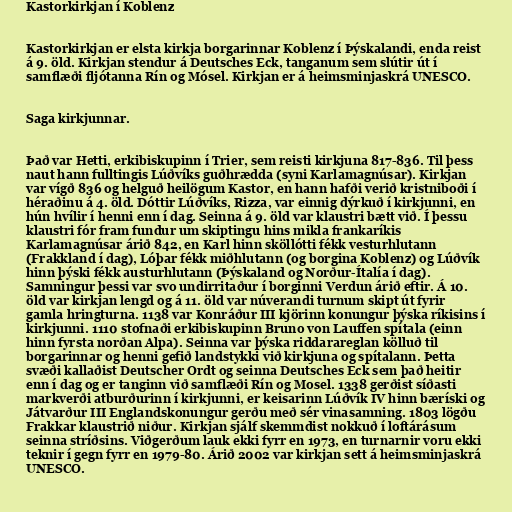
Kastorkirkjan í Koblenz

Kastorkirkjan er elsta kirkja borgarinnar Koblenz í Þýskalandi, enda reist
á 9. öld. Kirkjan stendur á Deutsches Eck, tanganum sem slútir út í
samflæði fljótanna Rín og Mósel. Kirkjan er á heimsminjaskrá UNESCO.

Saga kirkjunnar.

Það var Hetti, erkibiskupinn í Trier, sem reisti kirkjuna 817-836. Til þess
naut hann fulltingis Lúðvíks guðhrædda (syni Karlamagnúsar). Kirkjan
var vígð 836 og helguð heilögum Kastor, en hann hafði verið kristniboði í
héraðinu á 4. öld. Dóttir Lúðvíks, Rizza, var einnig dýrkuð í kirkjunni, en
hún hvílir í henni enn í dag. Seinna á 9. öld var klaustri bætt við. Í þessu
klaustri fór fram fundur um skiptingu hins mikla frankaríkis
Karlamagnúsar árið 842, en Karl hinn sköllótti fékk vesturhlutann
(Frakkland í dag), Lóþar fékk miðhlutann (og borgina Koblenz) og Lúðvík
hinn þýski fékk austurhlutann (Þýskaland og Norður-Ítalía í dag).
Samningur þessi var svo undirritaður í borginni Verdun árið eftir. Á 10.
öld var kirkjan lengd og á 11. öld var núverandi turnum skipt út fyrir
gamla hringturna. 1138 var Konráður III kjörinn konungur þýska ríkisins í
kirkjunni. 1110 stofnaði erkibiskupinn Bruno von Lauffen spítala (einn
hinn fyrsta norðan Alpa). Seinna var þýska riddarareglan kölluð til
borgarinnar og henni gefið landstykki við kirkjuna og spítalann. Þetta
svæði kallaðist Deutscher Ordt og seinna Deutsches Eck sem það heitir
enn í dag og er tanginn við samflæði Rín og Mosel. 1338 gerðist síðasti
markverði atburðurinn í kirkjunni, er keisarinn Lúðvík IV hinn bæríski og
Játvarður III Englandskonungur gerðu með sér vinasamning. 1803 lögðu
Frakkar klaustrið niður. Kirkjan sjálf skemmdist nokkuð í loftárásum
seinna stríðsins. Viðgerðum lauk ekki fyrr en 1973, en turnarnir voru ekki
teknir í gegn fyrr en 1979-80. Árið 2002 var kirkjan sett á heimsminjaskrá
UNESCO.